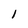
Character: l